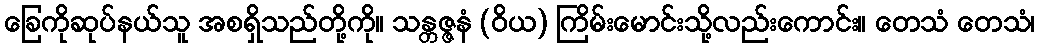
ခြေကိုဆုပ်နယ်သူ အစရှိသည်တို့ကို။ သန္တဇ္ဇနံ (ဝိယ) ကြိမ်းမောင်းသို့လည်းကောင်း။ တေသံ တေသံ၊